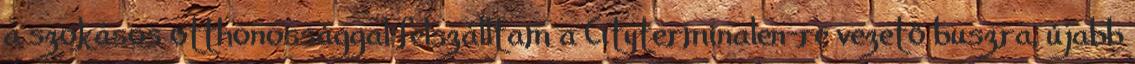
a szokásos otthonossággal felszálltam a Cityterminalen-re vezető buszra, újabb